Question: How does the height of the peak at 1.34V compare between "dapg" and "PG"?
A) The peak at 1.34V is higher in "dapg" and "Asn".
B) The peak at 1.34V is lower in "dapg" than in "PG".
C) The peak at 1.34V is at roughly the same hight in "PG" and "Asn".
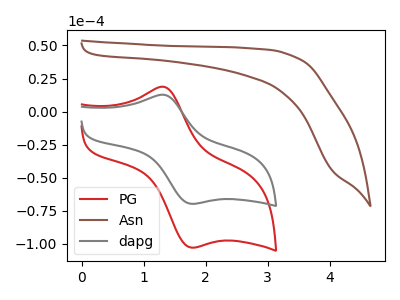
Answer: <think>The red curve "PG" has an anodic peak at (1.35V, 18.55uA) and a cathodic peak at (1.80V, -102.90uA). The brown curve "Asn" has no peaks. The gray curve "dapg" has an anodic peak at (1.35V, 12.55uA) and a cathodic peak at (1.80V, -69.75uA).</think>
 <answer>B) The peak at 1.34V is lower in "dapg" than in "PG".</answer>
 <eval>B</eval>